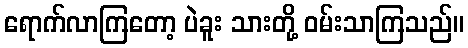
ရောက်လာကြတော့ ပဲခူး သားတို့ ဝမ်းသာကြသည်။